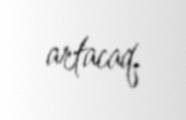
artacaq.